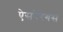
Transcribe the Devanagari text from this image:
ऐसपैरेगस